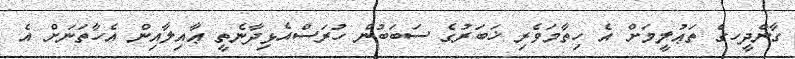
ގާންދީހގެ ތަޢުލީމަށް އެ ހިތާމަވެރި ޚަބަރުގެ ސަބަބުން ހުރަސްއެޅިިދާނެތީ ޢާއިލާއިން އެހާތަނަށް އެ